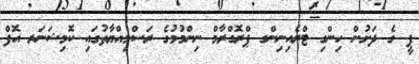
ޕީ ގެ ދަށުން ހިންގި ޓްރެއިނިންގ ޕްރޮގްރާމް ނިންމުމުގެ ރަސްމިއްޔާތުގައި ކޮމިޝަނަރ އޮފް